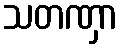
သတဏှာ